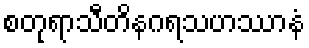
စတုရာသီတိနဂရသဟဿာနံ